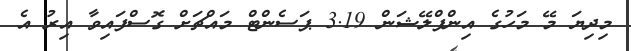
މިދިޔަ މޭ މަހުގެ އިންފްލޭޝަން 3.19 ޕަސެންޓް މައްޗަށް ގޮސްފައިވާ އިރު އެ